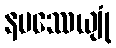
နမဿေယျုံ